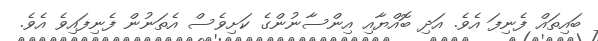
ބައިތައް ފެނިފަ އެވެ. އަދި ބޮއްޔާއި އިންސާނުންގެ ކަށިވެސް އެތަނުން ފެނިފައިވެ އެވެ.